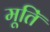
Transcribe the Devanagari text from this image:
मूतिॅ